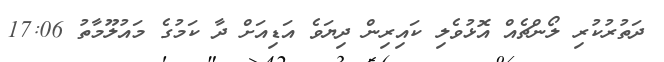
ދަތުރުކުރި ލޯންޗެއް އޮޅުވެލި ކައިރިން ދިޔަވެ އަޑިއަށް ދާ ކަމުގެ މައުލޫމާތު 17:06